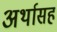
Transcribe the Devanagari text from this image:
अर्थासह